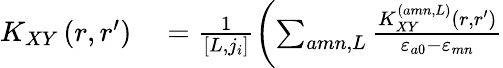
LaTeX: \begin{array}{rl}{K_{XY}\left(r,r^{\prime}\right)}&{{}=\frac{1}{\left[L,j_{i}\right]}\left(\sum_{amn,L}\frac{K_{XY}^{\left(amn,L\right)}\left(r,r^{\prime}\right)}{\varepsilon_{a0}-\varepsilon_{mn}}\right.}\end{array}